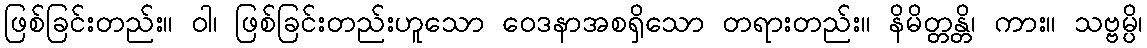
ဖြစ်ခြင်းတည်း။ ဝါ၊ ဖြစ်ခြင်းတည်းဟူသော ဝေဒနာအစရှိသော တရားတည်း။ နိမိတ္တန္တိ၊ ကား။ သဗ္ဗမ္ပိ၊